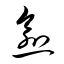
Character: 愈